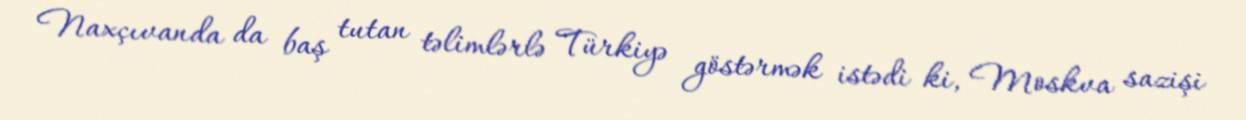
Naxçıvanda da baş tutan təlimlərlə Türkiyə göstərmək istədi ki, Moskva sazişi